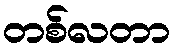
တစ်လတာ